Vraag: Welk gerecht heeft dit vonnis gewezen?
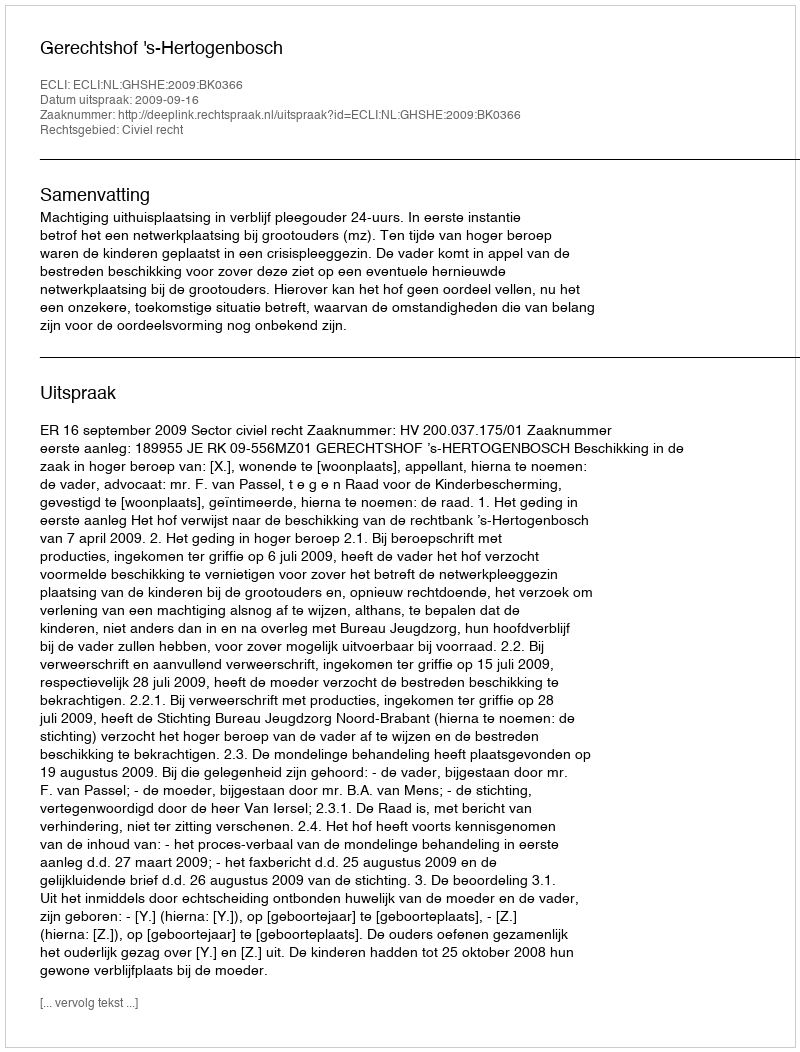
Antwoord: Gerechtshof 's-Hertogenbosch